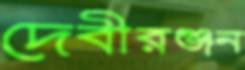
দেবীরঞ্জন